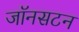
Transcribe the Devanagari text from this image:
जॉनसटन